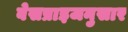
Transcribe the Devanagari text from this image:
बेसप्राइजनुसार